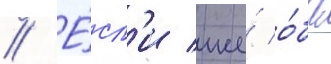
// Е́сл'и же́ о́ба